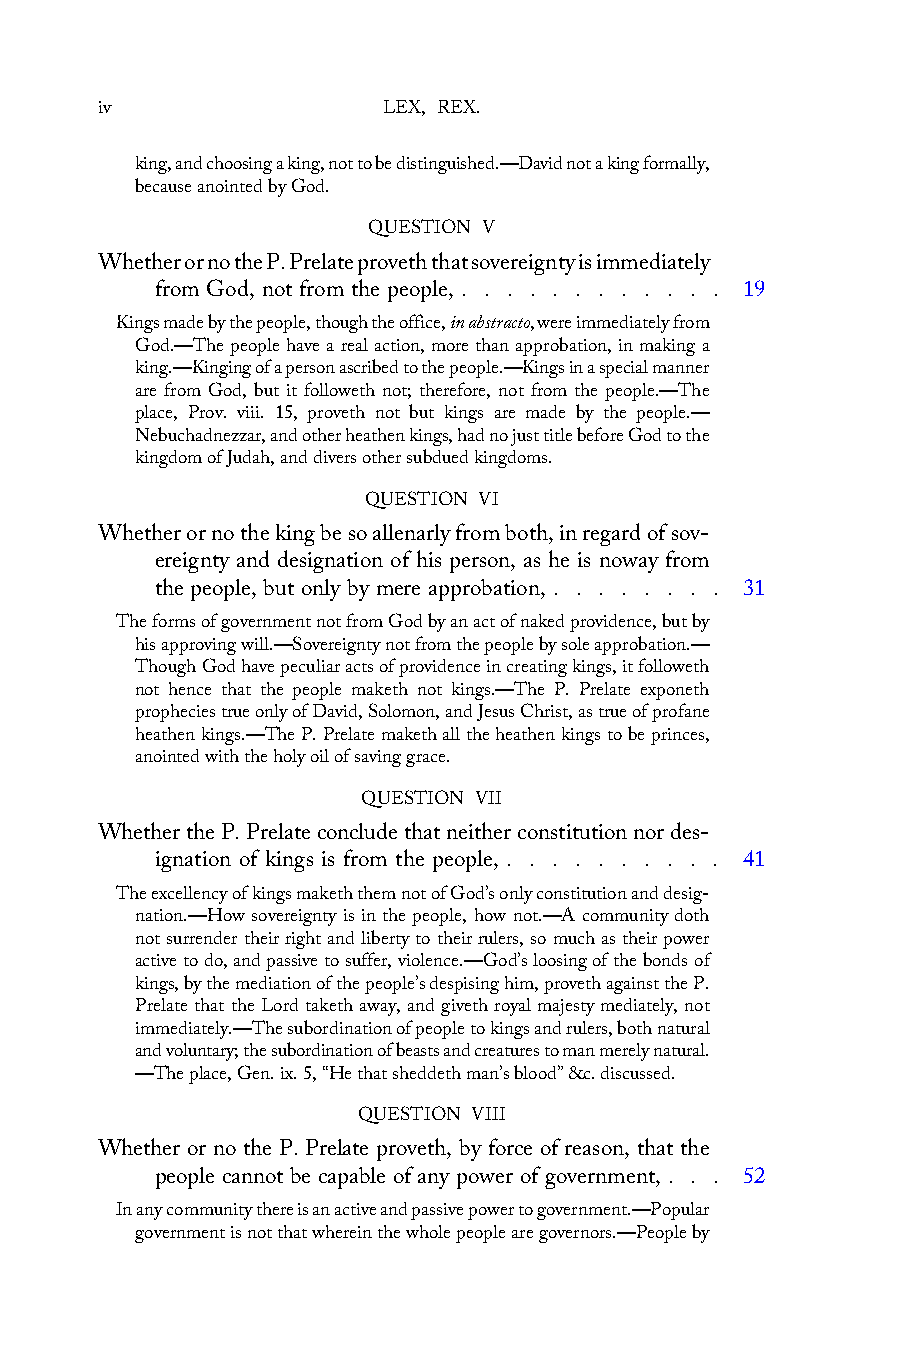
iv                 LEX, REX.
 king, and choosing a king, not to be distinguished.—David not a king formally,
 because anointed by God.
 QUESTION V
 Whether or no the P. Prelate proveth that sovereignty is immediately
 from God, not from the people, . . . . . . . . . . . . 19
 Kings made by the people, though the office, in abstracto, were immediately from
 God.—The people have a real action, more than approbation, in making a
 king.—Kinging of a person ascribed to the people.—Kings in a special manner
 are from God, but it followeth not; therefore, not from the people.—The
 place, Prov. viii. 15, proveth not but kings are made by the people.—
 Nebuchadnezzar, and other heathen kings, had no just title before God to the
 kingdom of Judah, and divers other subdued kingdoms.
 QUESTION VI
 Whether or no the king be so allenarly from both, in regard of sov-
 ereignty and designation of his person, as he is noway from
 the people, but only by mere approbation, . . . . . . . . 31
 The forms of government not from God by an act of naked providence, but by
 his approving will.—Sovereignty not from the people by sole approbation.—
 Though God have peculiar acts of providence in creating kings, it followeth
 not hence that the people maketh not kings.—The P. Prelate exponeth
 prophecies true only of David, Solomon, and Jesus Christ, as true of profane
 heathen kings.—The P. Prelate maketh all the heathen kings to be princes,
 anointed with the holy oil of saving grace.
 QUESTION VII
 Whether the P. Prelate conclude that neither constitution nor des-
 ignation of kings is from the people, . . . . . . . . . . 41
 The excellency of kings maketh them not of God’s only constitution and desig-
 nation.—How sovereignty is in the people, how not.—A community doth
 not surrender their right and liberty to their rulers, so much as their power
 active to do, and passive to suffer, violence.—God’s loosing of the bonds of
 kings, by the mediation of the people’s despising him, proveth against the P.
 Prelate that the Lord taketh away, and giveth royal majesty mediately, not
 immediately.—The subordination of people to kings and rulers, both natural
 and voluntary; the subordination of beasts and creatures to man merely natural.
 —The place, Gen. ix. 5, “He that sheddeth man’s blood” &c. discussed.
 QUESTION VIII
 Whether or no the P. Prelate proveth, by force of reason, that the
 people cannot be capable of any power of government, . . . 52
 In any community there is an active and passive power to government.—Popular
 government is not that wherein the whole people are governors.—People by